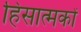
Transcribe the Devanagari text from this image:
हिंसात्मकों